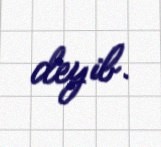
deyib.